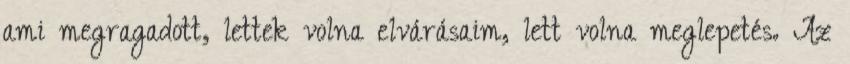
ami megragadott, lettek volna elvárásaim, lett volna meglepetés. Az